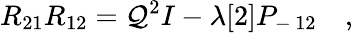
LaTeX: R_{21}R_{12}=\mathcal{Q}^{2}I-\lambda[2]P_{-\, 12}\quad,